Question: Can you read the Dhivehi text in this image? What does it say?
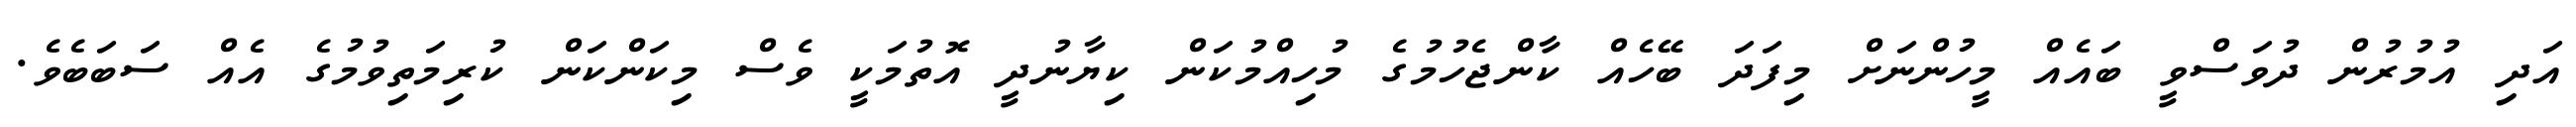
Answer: އަދި އުމުރުން ދުވަސްވީ ބައެއް މީހުންނަށް މިފަދަ ބޭހެއް ކާންޖެހުމުގެ މުހިއްމުކަން ކިޔާނުދީ އޮތުމަކީ ވެސް މިކަންކަން ކުރިމަތިވުމުގެ އެއް ސަބަބެވެ.